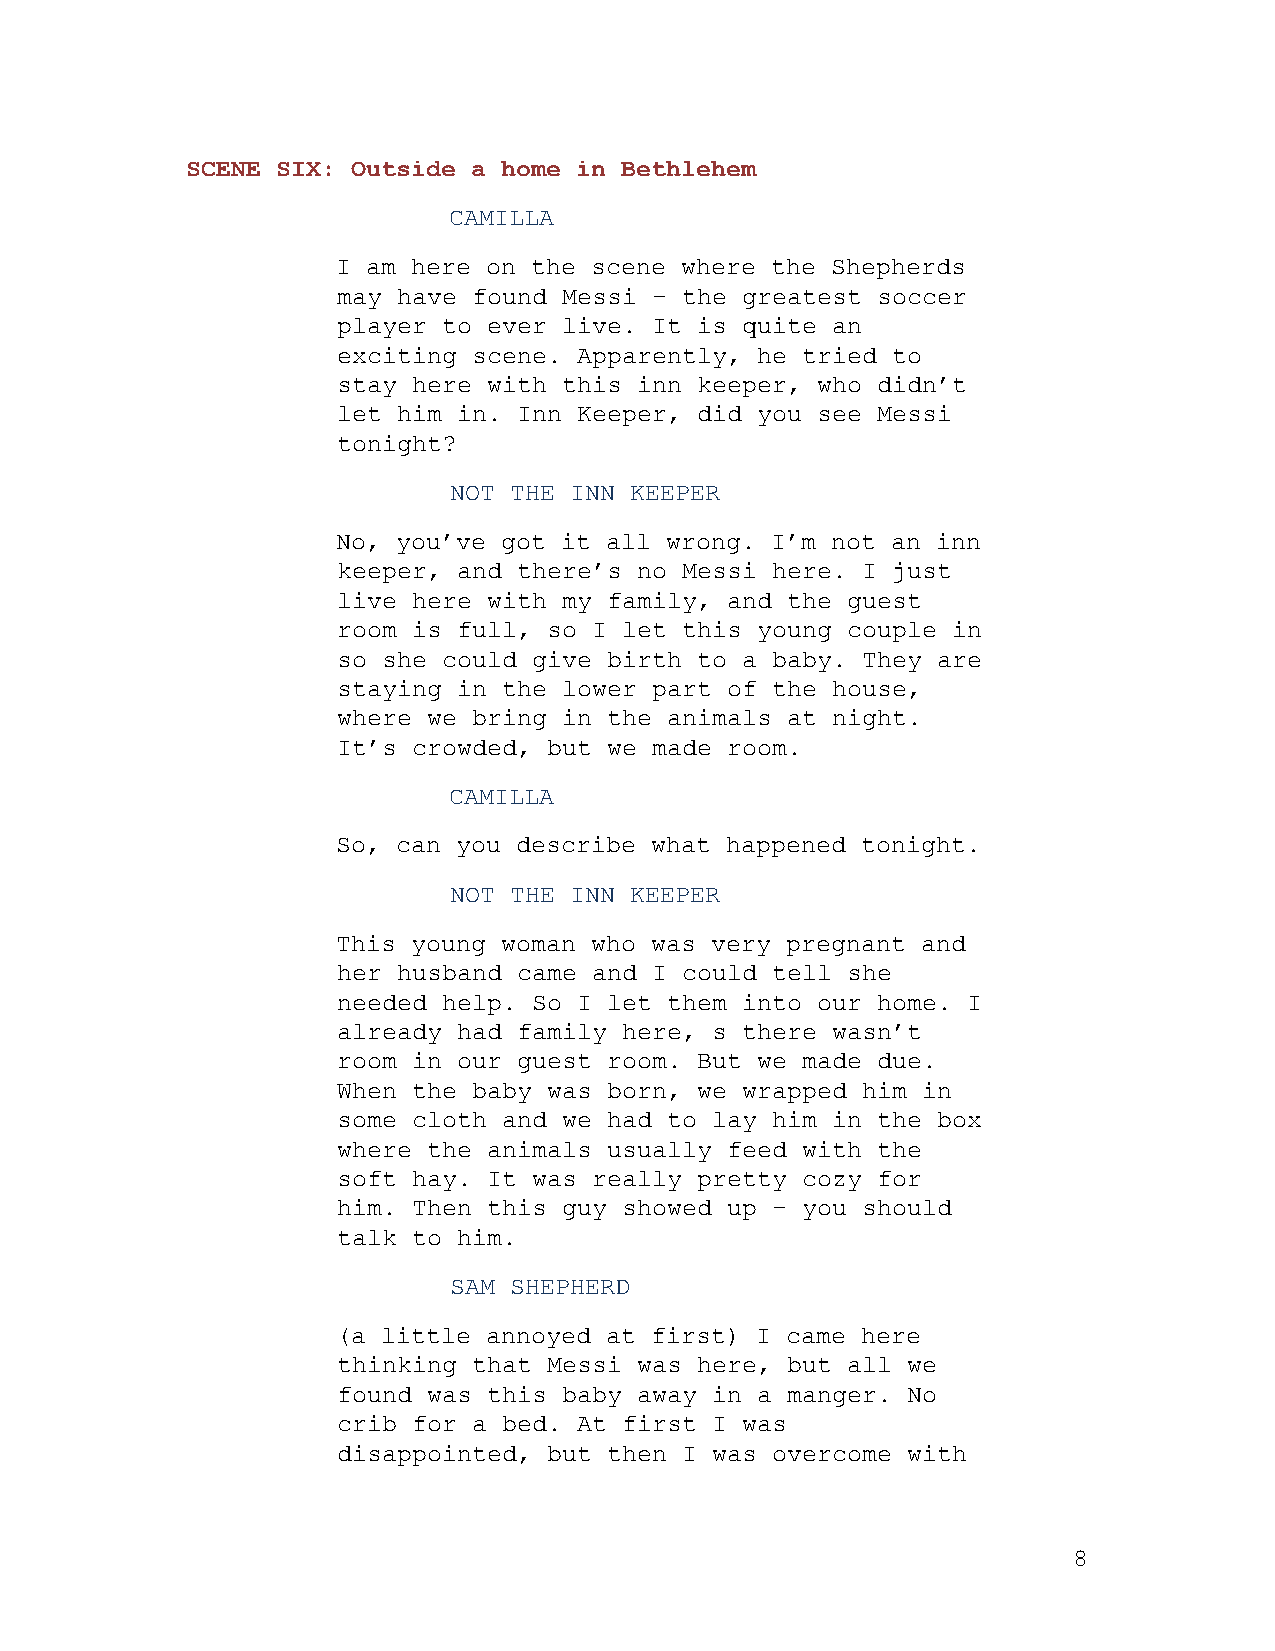
SCENE SIX: Outside a home in Bethlehem
 CAMILLA
 I am here on the scene where the Shepherds
 may have found Messi – the greatest soccer
 player to ever live. It is quite an
 exciting scene. Apparently, he tried to
 stay here with this inn keeper, who didn’t
 let him in. Inn Keeper, did you see Messi
 tonight?
 NOT THE INN KEEPER
 No, you’ve got it all wrong. I’m not an inn
 keeper, and there’s no Messi here. I just
 live here with my family, and the guest
 room is full, so I let this young couple in
 so she could give birth to a baby. They are
 staying in the lower part of the house,
 where we bring in the animals at night.
 It’s crowded, but we made room.
 CAMILLA
 So, can you describe what happened tonight.
 NOT THE INN KEEPER
 This young woman who was very pregnant and
 her husband came and I could tell she
 needed help. So I let them into our home. I
 already had family here, s there wasn’t
 room in our guest room. But we made due.
 When the baby was born, we wrapped him in
 some cloth and we had to lay him in the box
 where the animals usually feed with the
 soft hay. It was really pretty cozy for
 him. Then this guy showed up – you should
 talk to him.
 SAM SHEPHERD
 (a little annoyed at first) I came here
 thinking that Messi was here, but all we
 found was this baby away in a manger. No
 crib for a bed. At first I was
 disappointed, but then I was overcome with
 8